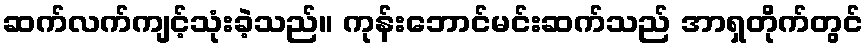
ဆက်လက်ကျင့်သုံးခဲ့သည်။ ကုန်းဘောင်မင်းဆက်သည် အာရှတိုက်တွင်